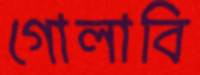
গোলাবি